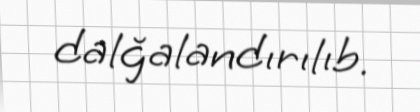
dalğalandırılıb.